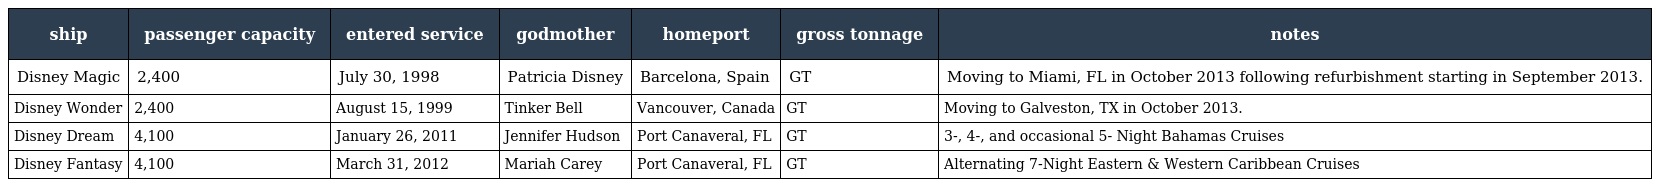
| ship | passenger capacity | entered service | godmother | homeport | gross tonnage | notes |
 | --- | --- | --- | --- | --- | --- | --- |
 | Disney Magic | 2,400 | July 30, 1998 | Patricia Disney | Barcelona, Spain | GT | Moving to Miami, FL in October 2013 following refurbishment starting in September 2013. |
 | Disney Wonder | 2,400 | August 15, 1999 | Tinker Bell | Vancouver, Canada | GT | Moving to Galveston, TX in October 2013. |
 | Disney Dream | 4,100 | January 26, 2011 | Jennifer Hudson | Port Canaveral, FL | GT | 3-, 4-, and occasional 5- Night Bahamas Cruises |
 | Disney Fantasy | 4,100 | March 31, 2012 | Mariah Carey | Port Canaveral, FL | GT | Alternating 7-Night Eastern & Western Caribbean Cruises |